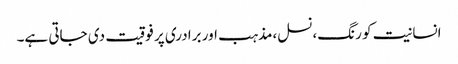
انسانیت کو رنگ،نسل،مذہب اور برادری پر فوقیت دی جاتی ہے۔